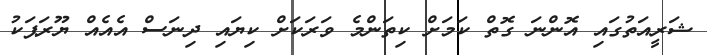
ޝަރީއަތުގައި އޮންނަ ގޮތް ކަމަށް ކިތަންމެ ވަރަކަށް ކިޔައި ދިނަސް އެއެއް ޔޫރަޕަކު